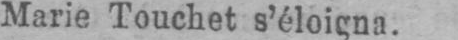
Marie Touchet s’éloigna.